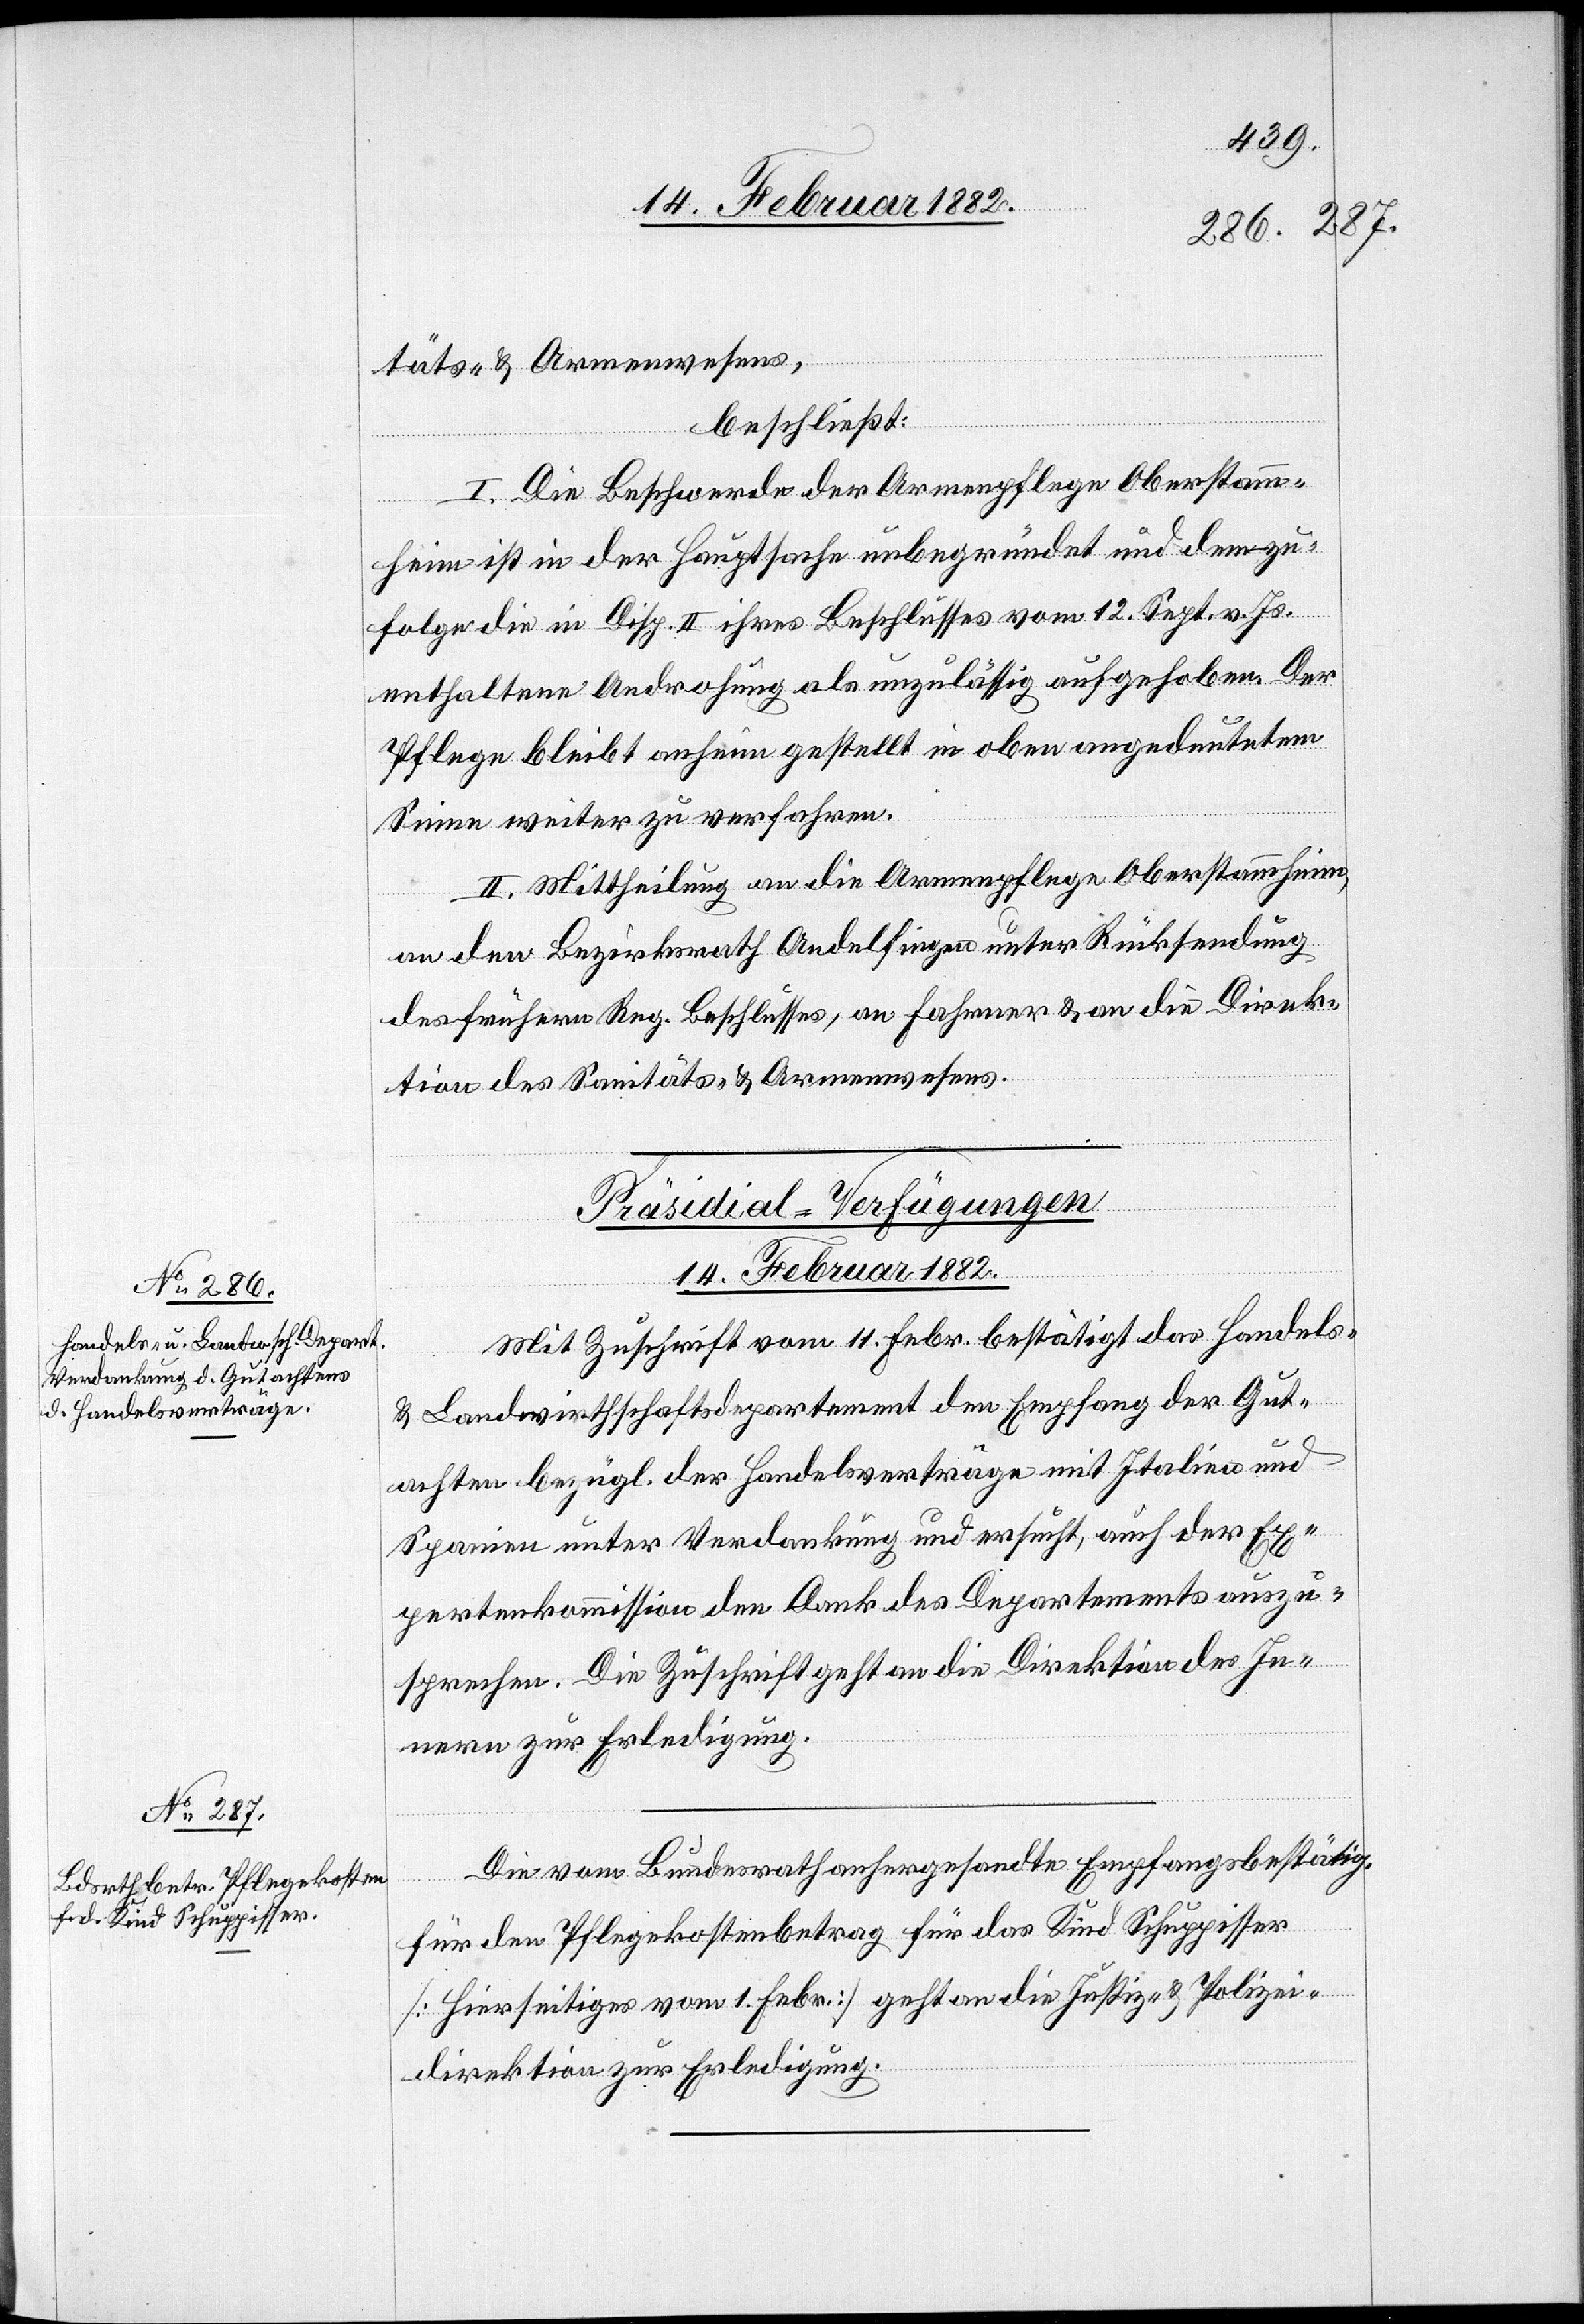
[Präsidial-Verfügungen
14. Februar 1882.]
Mit Zuschrift vom 11. Febr. bestätigt das Handels-
& Landwirthschaftsdepartement den Empfang der Gut¬
achten bezügl. der Handelsverträge mit Italien und
Spanien unter Verdankung und ersucht, auch der Ex¬
pertenkommission den Dank des Departements auszu¬
sprechen. Die Zuschrift geht an die Direktion des In¬
nern zur Erledigung.
Die vom Bundesrath anhergesandte Empfangsbestätigung
für den Pflegekostenbetrag für das Kind Schuppisser
[hierseitiges vom 1. Febr.] geht an die Justiz- & Polizei¬
direktion zur Erledigung.